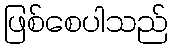
ဖြစ်စေပါသည်